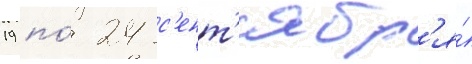
19 по́ 24 с'ент'ябр'я́